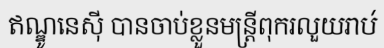
ឥណ្ឌូនេស៊ី បានចាប់ខ្លួនមន្ត្រីពុករលួយរាប់